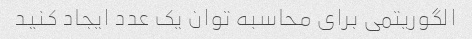
الگوریتمی برای محاسبه توان یک عدد ایجاد کنید